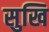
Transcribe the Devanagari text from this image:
सुखि